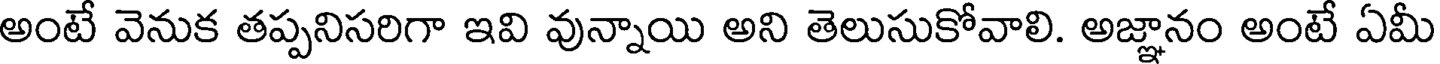
అంటే వెనుక తప్పనిసరిగా ఇవి వున్నాయి అని తెలుసుకోవాలి. అజ్ఞానం అంటే ఏమీ